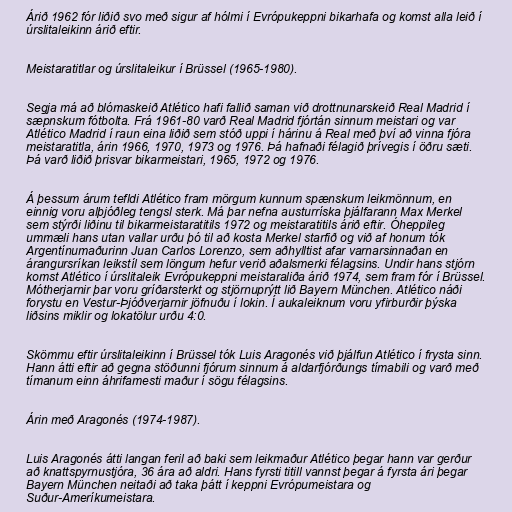
Árið 1962 fór liðið svo með sigur af hólmi í Evrópukeppni bikarhafa og komst alla leið í
úrslitaleikinn árið eftir.

Meistaratitlar og úrslitaleikur í Brüssel (1965-1980).

Segja má að blómaskeið Atlético hafi fallið saman við drottnunarskeið Real Madrid í
sæpnskum fótbolta. Frá 1961-80 varð Real Madrid fjórtán sinnum meistari og var
Atlético Madrid í raun eina liðið sem stóð uppi í hárinu á Real með því að vinna fjóra
meistaratitla, árin 1966, 1970, 1973 og 1976. Þá hafnaði félagið þrívegis í öðru sæti.
Þá varð liðið þrisvar bikarmeistari, 1965, 1972 og 1976.

Á þessum árum tefldi Atlético fram mörgum kunnum spænskum leikmönnum, en
einnig voru alþjóðleg tengsl sterk. Má þar nefna austurríska þjálfarann Max Merkel
sem stýrði liðinu til bikarmeistaratitils 1972 og meistaratitils árið eftir. Óheppileg
ummæli hans utan vallar urðu þó til að kosta Merkel starfið og við af honum tók
Argentínumaðurinn Juan Carlos Lorenzo, sem aðhylltist afar varnarsinnaðan en
árangursríkan leikstíl sem löngum hefur verið aðalsmerki félagsins. Undir hans stjórn
komst Atlético í úrslitaleik Evrópukeppni meistaraliða árið 1974, sem fram fór í Brüssel.
Mótherjarnir þar voru gríðarsterkt og stjörnuprýtt lið Bayern München. Atlético náði
forystu en Vestur-Þjóðverjarnir jöfnuðu í lokin. Í aukaleiknum voru yfirburðir þýska
liðsins miklir og lokatölur urðu 4:0.

Skömmu eftir úrslitaleikinn í Brüssel tók Luis Aragonés við þjálfun Atlético í frysta sinn.
Hann átti eftir að gegna stöðunni fjórum sinnum á aldarfjórðungs tímabili og varð með
tímanum einn áhrifamesti maður í sögu félagsins.

Árin með Aragonés (1974-1987).

Luis Aragonés átti langan feril að baki sem leikmaður Atlético þegar hann var gerður
að knattspyrnustjóra, 36 ára að aldri. Hans fyrsti titill vannst þegar á fyrsta ári þegar
Bayern München neitaði að taka þátt í keppni Evrópumeistara og
Suður-Ameríkumeistara.